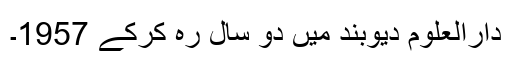
دارالعلوم دیوبند میں دو سال رہ کرکے 1957۔